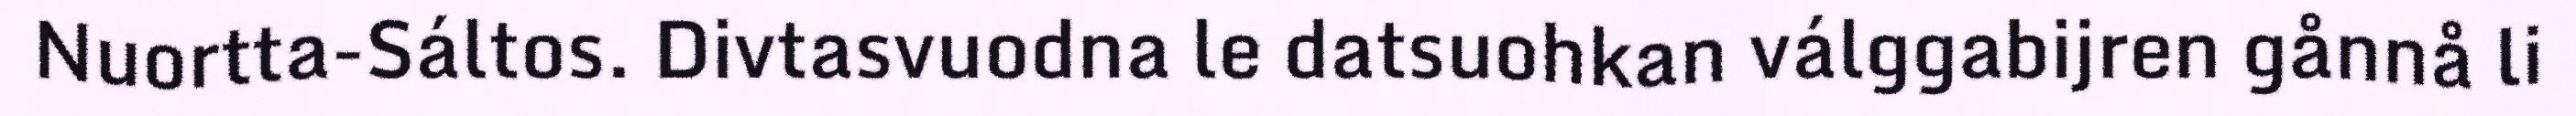
Nuortta-Sáltos. Divtasvuodna le datsuohkan válggabijren gånnå li